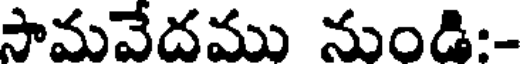
సామవేదము నుండి:-